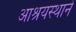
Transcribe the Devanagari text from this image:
आश्रयस्थाने